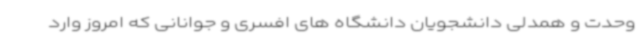
وحدت و همدلی دانشجویان دانشگاه های افسری و جوانانی که امروز وارد